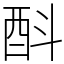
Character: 酙